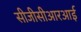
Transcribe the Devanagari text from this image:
सीजीसीआरआई